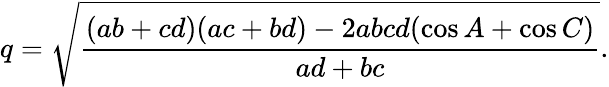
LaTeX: q={\sqrt{\frac{(ab+cd)(ac+bd)-2abcd(\cos{A}+\cos{C})}{ad+bc}}}.